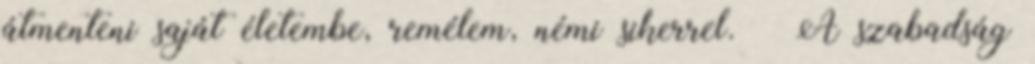
átmenteni saját életembe, remélem, némi sikerrel. – A szabadság